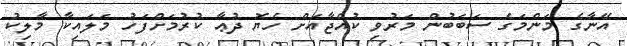
އޭނާގެ މަންމަގެ ސަބަބުން މަރުވި ކުއްޖާއަށް ހެޔޮ ދުޢާ ކުރުމަށްފަހު މަލައިކާ މާލިކު